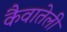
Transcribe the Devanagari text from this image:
कैवातेली